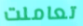
تعاملت